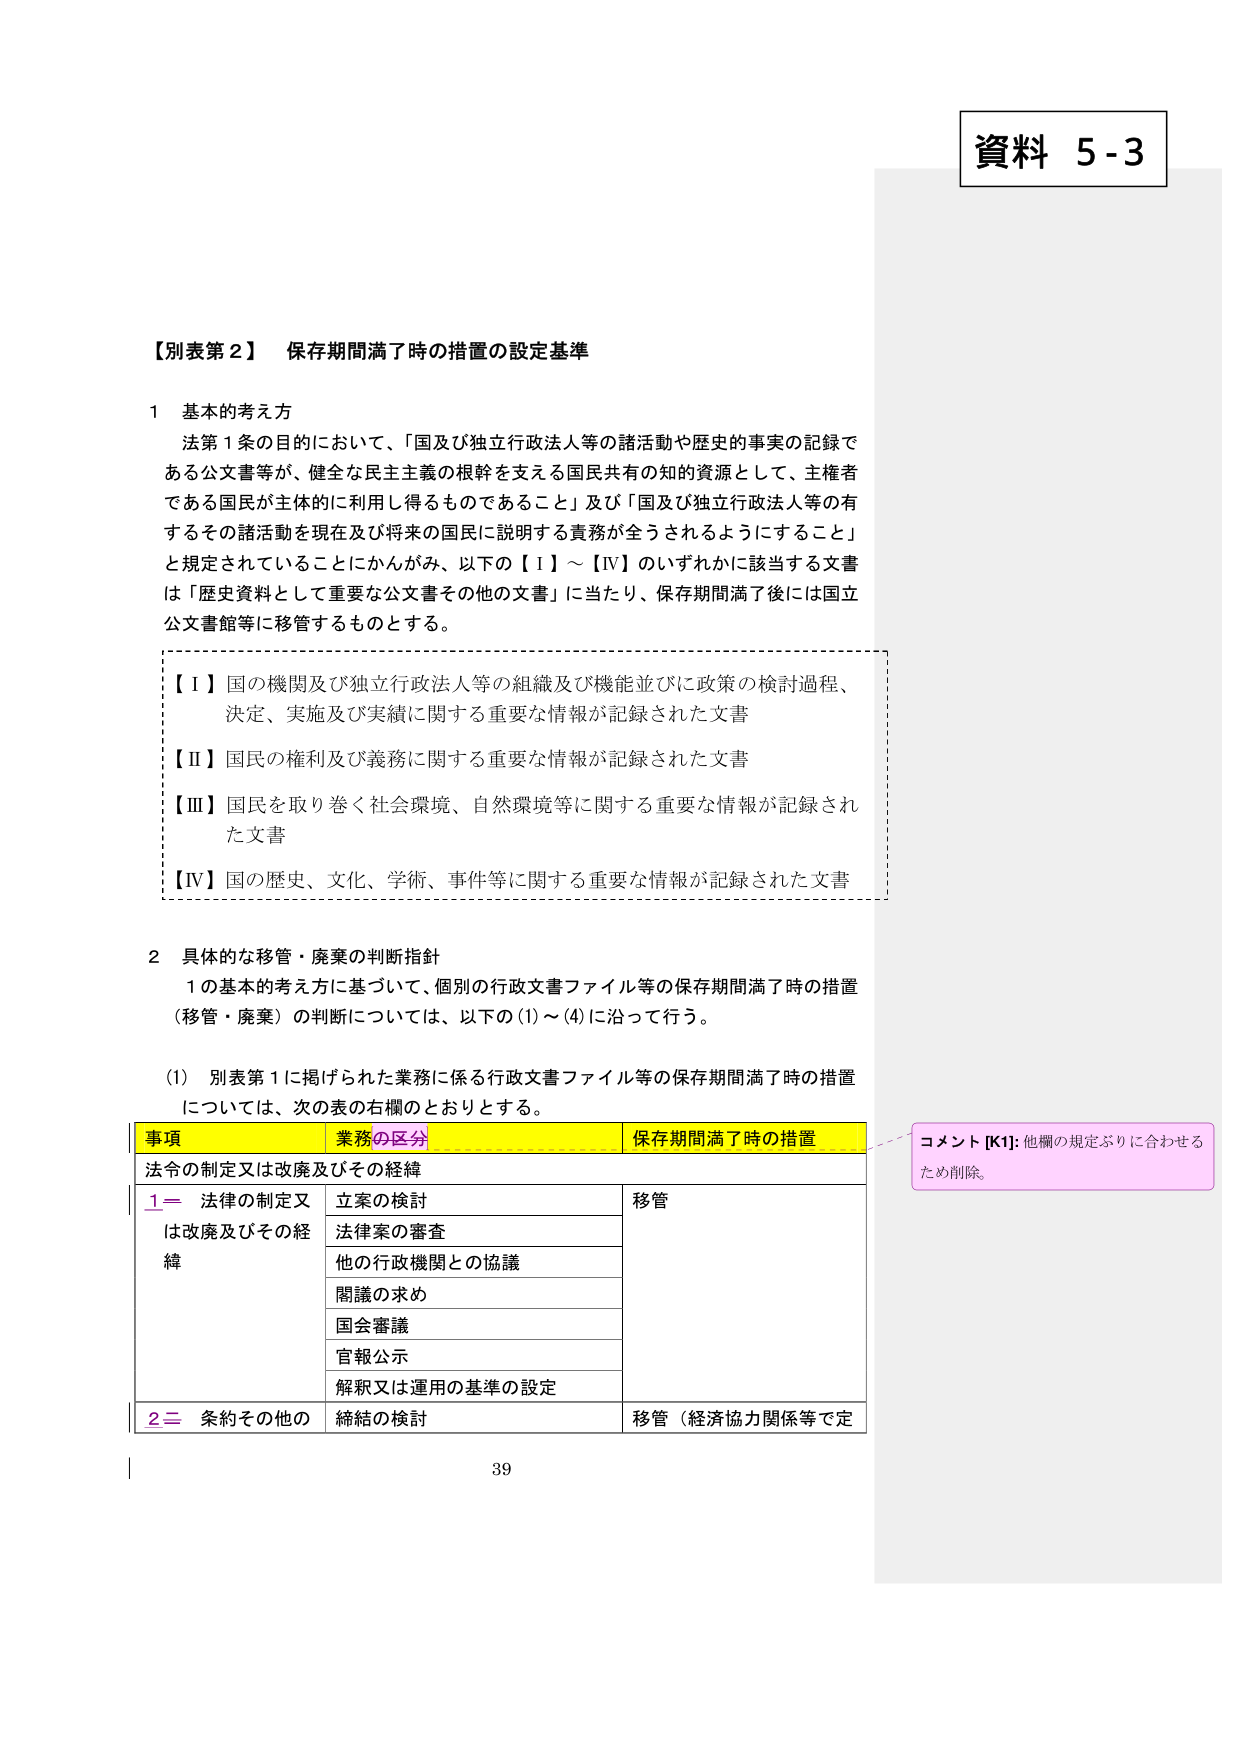
資料 5-3

【別表第2】 保存期間満了時の措置の設定基準

1 基本的考え方
法第1条の目的において、「国及び独立行政法人等の諸活動や歴史的事実の記録である公文書等が、健全な民主主義の根幹を支える国民共有の知的資源として、主権者である国民が主体的に利用し得るものであること」及び「国及び独立行政法人等の有するその諸活動を現在及び将来の国民に説明する責務が全うされるようにすること」と規定されていることにかんがみ、以下の【Ⅰ】～【Ⅳ】のいずれかに該当する文書は「歴史資料として重要な公文書その他の文書」に当たり、保存期間満了後には国立公文書館等に移管するものとする。

【Ⅰ】国の機関及び独立行政法人等の組織及び機能並びに政策の検討過程、決定、実施及び実績に関する重要な情報が記録された文書
【Ⅱ】国民の権利及び義務に関する重要な情報が記録された文書
【Ⅲ】国民を取り巻く社会環境、自然環境等に関する重要な情報が記録された文書
【Ⅳ】国の歴史、文化、学術、事件等に関する重要な情報が記録された文書

2 具体的な移管・廃棄の判断指針
1の基本的考え方に基づいて、個別の行政文書ファイル等の保存期間満了時の措置（移管・廃棄）の判断については、以下の(1)～(4)に沿って行う。

(1) 別表第1に掲げられた業務に係る行政文書ファイル等の保存期間満了時の措置については、次の表の右欄のとおりとする。

事項 業務の区分 保存期間満了時の措置
法令の制定又は改廃及びその経緯
1＝ 法律の制定又は改廃及びその経緯 立案の検討 移管
法律案の審査
他の行政機関との協議
閣議の求め
国会審議
官報公示
解釈又は運用の基準の設定
2＝ 条約その他の 締結の検討 移管（経済協力関係等で定

コメント [K1]: 他欄の規定ぶりに合わせるため削除。

39